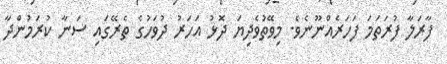
ފާރަލާ ފުރަތަމަ ފަހަރެއްނޫނެވެ. މިވޭތުވެދިޔަ ދޮޅު އަހަރު ދުވަހުގެ ތެރޭގައި ސަނާ ކުރަމުންދާ